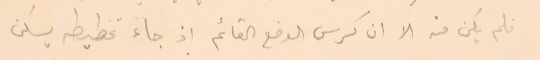
فلم يكن منه الا ان كرس الوضع القائم اذ جاء تخطيطه يسكن